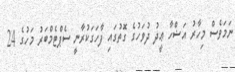
ނަމަވެސް މިހާރު އަޟްހާ ޢީދު ދުވަހުގެ ގޮތުގައި ފާހަގަކުރާނީ ސެޕްޓެމްބަރު މަހުގެ 24